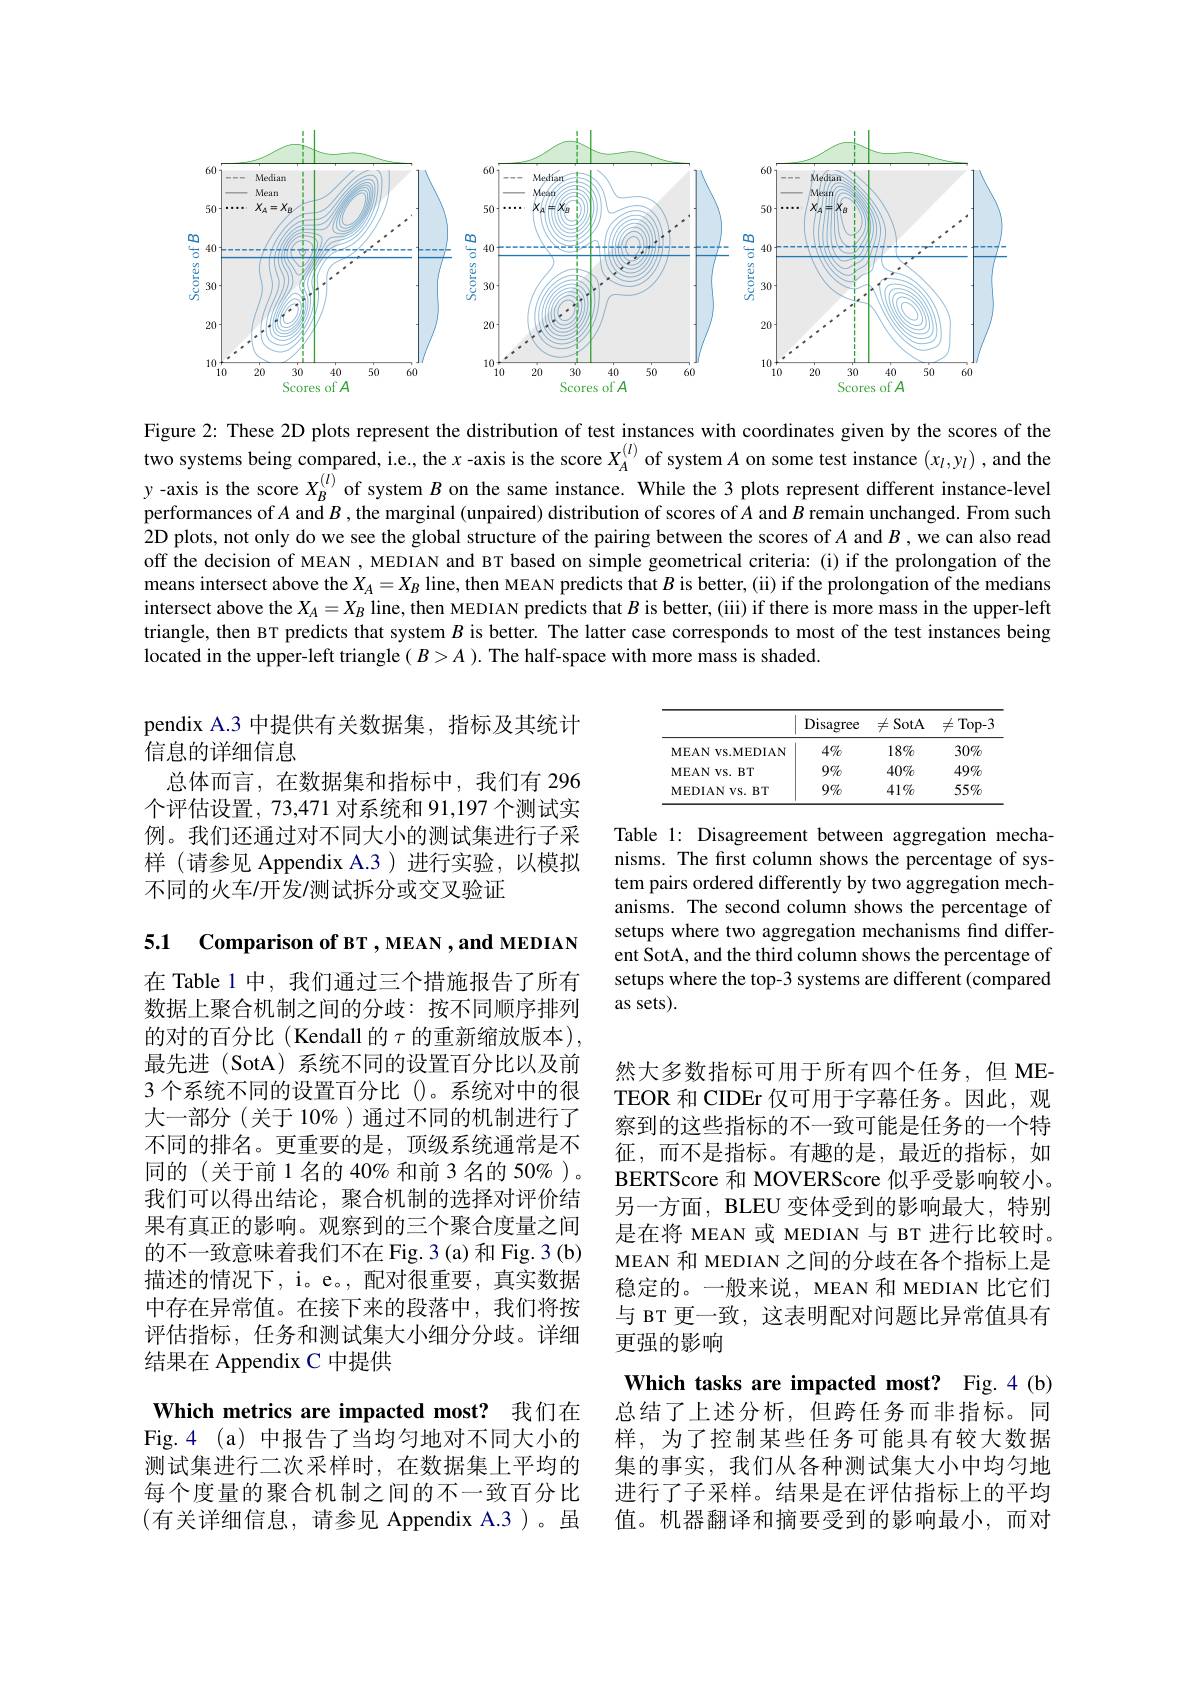
<FigureHere>

Figure 2: These 2D plots represent the distribution of test instances with coordinates given by the scores of the two systems being compared, i.e., the $x$ -axis is the score $X_A^{(l)}$ of system $A$ on some test instance $(x_l,y_l)$ ,and the y-axis is the score $X_{B}^{(l)}$ of system $B$ on the same instance. While the 3 plots represent different instance-level performances of $A$ and $B$ , the marginal (unpaired) distribution of scores of $A$ and $B$ remain unchanged. From such 2D plots, not only do we see the global structure of the pairing between the scores of $A$ and $B$ ,we can also read off the decision of MEAN , MEDIAN and BT based on simple geometrical criteria: (i) if the prolongation of the means intersect above the $X_A=X_B$ line, then MEAN predicts that $B$ is better, (ii) if the prolongation of the medians intersect above the $X_A=X_B$ line, then MEDIAN predicts that $B$ is better, (iii) if there is more mass in the upper-left triangle, then BT predicts that system $B$ is better. The latter case corresponds to most of the test instances being located in the upper-left triangle $(B>A).$ The half-space with more mass is shaded.

<table>
	<tbody>
		<tr>
			<th> </th>
			<th>Disagree</th>
			<th>$\neq$SotA</th>
			<th>$\neq$Top-3</th>
		</tr>
		<tr>
			<td>MEAN VS.MEDIAN</td>
			<td>$4\%$</td>
			<td>$18\%$</td>
			<td>$30\%$</td>
		</tr>
		<tr>
			<td>MEAN VS. BT</td>
			<td>$9\%$</td>
			<td>$40\%$</td>
			<td>$49\%$</td>
		</tr>
		<tr>
			<td>MEDIAN $JVS.BT$</td>
			<td>$9\%$</td>
			<td>$41\%$</td>
			<td>$55\%$</td>
		</tr>
	</tbody>
</table>

pendix A.3 中提供有关数据集，指标及其统计
信息的详细信息
总体而言，在数据集和指标中，我们有 296个评估设置，73,471 对系统和 91,197 个测试实例。我们还通过对不同大小的测试集进行子采样 (请参见 Appendix A.3)进行实验，以模拟不同的火车/开发/测试拆分或交叉验证

Table 1: Disagreement between aggregation mechanisms. The frst column shows the percentage of system pairs ordered differently by two aggregation mechanisms. The second column shows the percentage of setups where two aggregation mechanisms find different SotA, and the third column shows the percentage of setups where the top-3 systems are different (compared as sets)

5.1 Comparison of BT , MEAN , and MEDIAN

在 Table 1 中，我们通过三个措施报告了所有数据上聚合机制之间的分歧：按不同顺序排列的对的百分比(Kendall 的$\tau$ 的重新缩放版本) 最先进 (SotA)系统不同的设置百分比以及前3 个系统不同的设置百分比 ()。系统对中的很大一部分(关于10%)通过不同的机制进行了不同的排名。更重要的是，顶级系统通常是不同的(关于前1名的40%和前3名的50%)。我们可以得出结论，聚合机制的选择对评价结果有真正的影响。观察到的三个聚合度量之间的不一致意味着我们不在 Fig. 3 (a) 和 Fig. 3 (b) 描述的情况下，i。e。,配对很重要，真实数据中存在异常值。在接下来的段落中，我们将按评估指标，任务和测试集大小细分分歧。详细结果在 Appendix C 中提供

然大多数指标可用于所有四个任务，但 METEOR 和 CIDEr 仅可用于字幕任务。因此，观察到的这些指标的不一致可能是任务的一个特征，而不是指标。有趣的是，最近的指标，如BERTScore 和 MOVERScore 似乎受影响较小。另一方面，BLEU 变体受到的影响最大，特别是在将 MEAN 或 MEDIAN 与 BT 进行比较时。MEAN 和 MEDIAN 之间的分歧在各个指标上是稳定的。一般来说，MEAN 和 MEDIAN 比它们与 вт 更一致，这表明配对问题比异常值具有更强的影响
Which tasks are impacted most? Fig.4(b) 总结了上述分析，但跨任务而非指标。同样，为了控制某些任务可能具有较大数据集的事实，我们从各种测试集大小中均匀地进行了子采样。结果是在评估指标上的平均值。机器翻译和摘要受到的影响最小，而对

Which metrics are impacted most? 我们在

Fig.4(a)中报告了当均匀地对不同大小的测试集进行二次采样时，在数据集上平均的每个度量的聚合机制之间的不一致百分比(有关详细信息，请参见 Appendix A.3)。虽